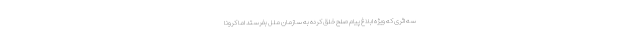
سه اثری که ویژه ابلاغ پیام صلح خلق کرده به سازمان ملل بفرستد اما کرونا